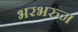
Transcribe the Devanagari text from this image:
भरभरुन